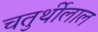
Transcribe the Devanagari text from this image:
चतुर्थीलाल